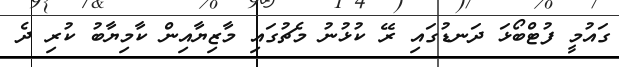
ގައުމީ ފުޓްބޯޅަ ދަނޑުގައި ރޭ ކުޅުނު މެޗުގައި މާޒިޔާއިން ކާމިޔާބު ކުރި ދެ